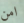
امن